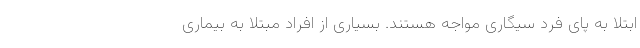
ابتلا به پای فرد سیگاری مواجه هستند. بسیاری از افراد مبتلا به بیماری